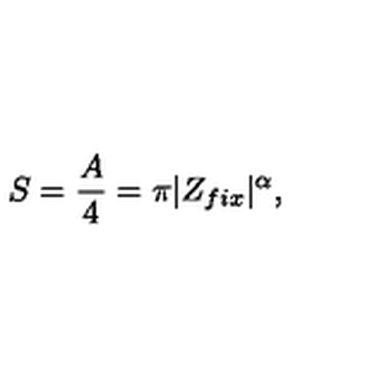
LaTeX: S = { \frac { A } { 4 } } = \pi | Z _ { f i x } | ^ { \alpha } ,